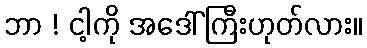
ဘာ ! ငါ့ကို အဒေါ်ကြီးဟုတ်လား။